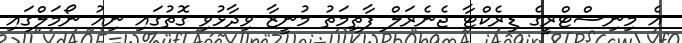
އެ މިނިސްޓްރީގެ ޑިރެކްޓާ ޖެނެރަލް ފާތިމަތު މުނީޒާ ވިދާޅުވި ގޮތުގައި ނިއު ނޯމަލްގައި